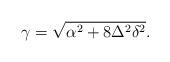
LaTeX: \begin{align*}\gamma = \sqrt{ \alpha^2 + 8\Delta^2 \delta^2}.\end{align*}